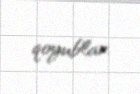
qoyublar.